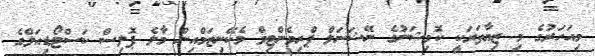
މިއަހަރުގެ މި ޒިޔާތަރަކީ ކޮމިޝަނުގެ ނޭޝަނަލް ޕްރިވެންޓިވް މެކޭނިޒަމްއިން މާލެ ޕޮލިސް ކަސްޓޯޑިއަލްގެ